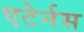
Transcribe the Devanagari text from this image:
एटेर्नस